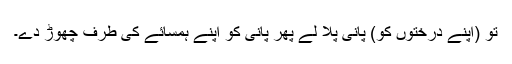
تو (اپنے درختوں کو) پانی پلا لے پھر پانی کو اپنے ہمسائے کی طرف چھوڑ دے۔